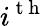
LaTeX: i^{\mathrm{~t~h~}}